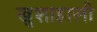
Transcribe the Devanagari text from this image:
खुशाहाली